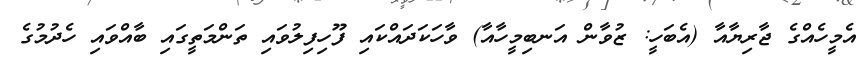
އެމީހެއްގެ ޖާރިޔާއާ (އެބަހީ: ޒުވާން އަނބިމީހާއާ) ވާހަކަދައްކައި ފޫހިފިލުވައި ތަންމަތީގައި ބާއްވައި ހެދުމުގެ